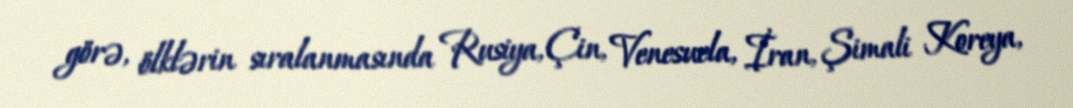
görə, ölklərin sıralanmasında Rusiya, Çin, Venesuela, İran, Şimali Koreya,